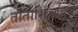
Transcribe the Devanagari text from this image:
तांताशिआंदसे